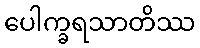
ပေါက္ခရသာတိဿ